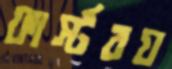
ফার্স্টবয়